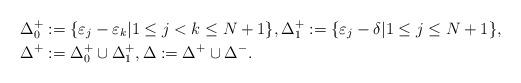
LaTeX: \begin{align*}\Delta_0^+ &:= \{ \varepsilon_j-\varepsilon_k | 1\leq j < k \leq N+1 \}, \Delta_1^+ := \{ \varepsilon_j-\delta | 1\leq j \leq N+1 \}, \\\Delta^+ &:= \Delta_0^+ \cup \Delta_1^+, \Delta:= \Delta^+\cup\Delta^-.\end{align*}